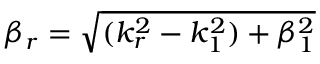
\beta _ { r } = \sqrt { ( k _ { r } ^ { 2 } - k _ { 1 } ^ { 2 } ) + \beta _ { 1 } ^ { 2 } }